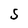
Character: 5